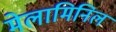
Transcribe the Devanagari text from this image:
मेलामिनिल